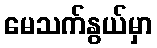
မေသက်နွယ်မှာ